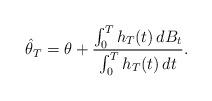
LaTeX: \begin{align*}\hat\theta_T = \theta + \frac{\int_0^T h_T(t) \, dB_t}{\int_0^T h_T(t) \, dt} .\end{align*}